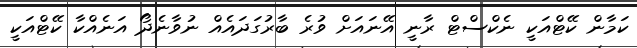
ކަމާން ކޭޓްއަކީ ނެކްސްޓް ރާނީ އޭނައަށް ވުރެ ބާރުގަދައެއް ނުވާނެދޯ އަނެއްކާ ކޭޓްއަކީ